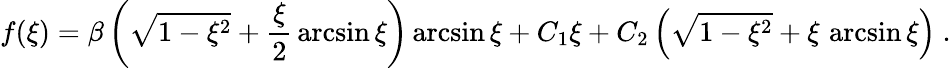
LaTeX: f(\xi)=\beta\left(\sqrt{1-\xi^{2}}+{\frac{\xi}{2}}\arcsin\xi\right)\arcsin\xi+C_{1}\xi+C_{2}\left(\sqrt{1-\xi^{2}}+\xi\, \arcsin\xi\right)\ .